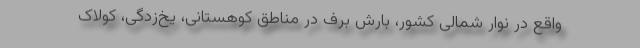
واقع در نوار شمالی کشور، بارش برف در مناطق کوهستانی، یخ‌زدگی، کولاک